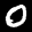
Label: 0